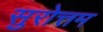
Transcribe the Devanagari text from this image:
सुरोत्तम